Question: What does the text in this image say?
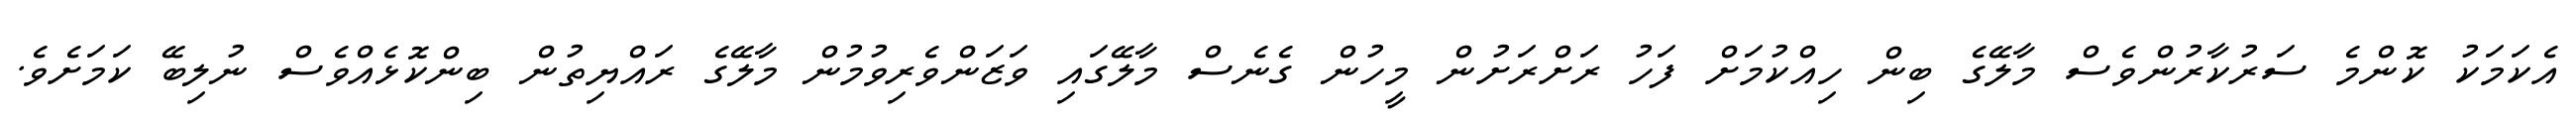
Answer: އެކަމަކު ކޮންމެ ސަރުކާރުންވެސް މާލޭގެ ބިން ހިއްކުމަށް ފަހު ރަށްރަށުން މީހުން ގެނެސް މާލޭގައި ވަޒަންވެރިވުމުން މާލޭގެ ރައްޔިތުން ބިންކޮޅެއްވެސް ނުލިބޭ ކަމަށެވެ.